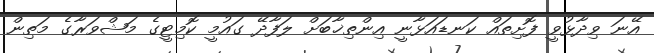
އޭނަ ވިދާޅުވީ ފޮށިތައް ކަނޑައަޅާނީ އިންތިޚާބަށް ލަފާދޭ ގައުމީ ކޮމިޓީގެ މަޝްވަރާގެ މަތިން